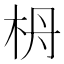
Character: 𣐠